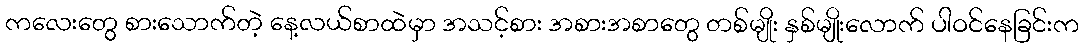
ကလေးတွေ စားသောက်တဲ့ နေ့လယ်စာထဲမှာ အသင့်စား အစားအစာတွေ တစ်မျိုး နှစ်မျိုးလောက် ပါဝင်နေခြင်းက